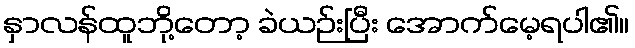
နှာလန်ထူဘို့တော့ ခဲယဉ်းပြီး အောက်မေ့ရပါ၏။